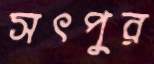
সৎপুর